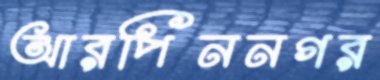
আরপিননগর